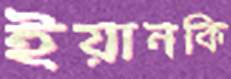
ইয়ানকি